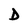
Character: D